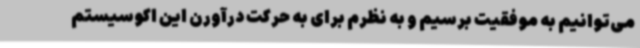
می‌توانیم به موفقیت برسیم و به نظرم برای به حرکت درآورن این اکوسیستم